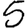
Digit: 5